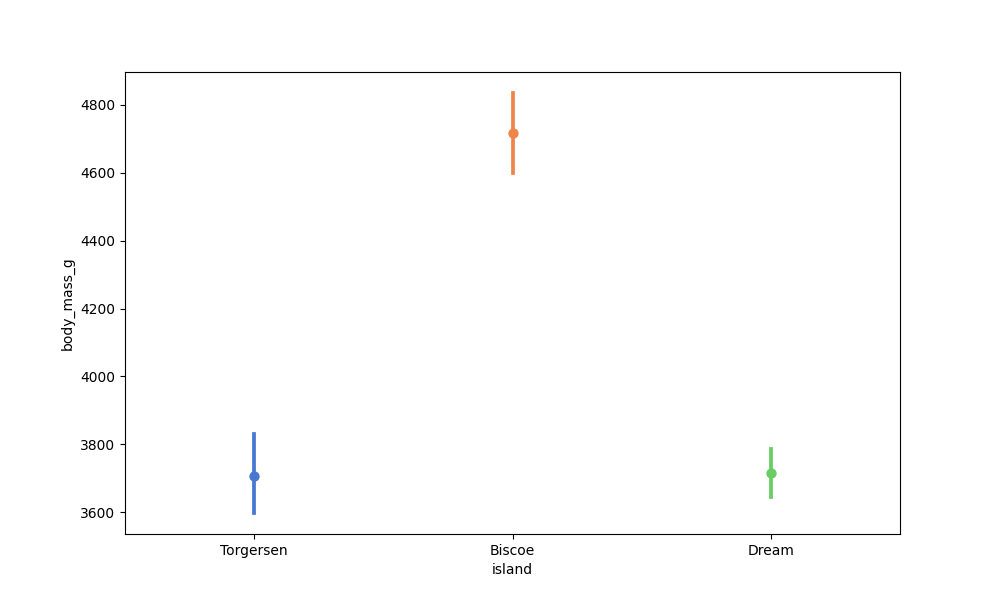
python, seaborn, pointplot, scale=1.0, join=False, hue='None', palette='muted'